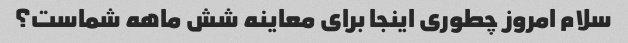
سلام امروز چطوری اینجا برای معاینه شش ماهه شماست؟